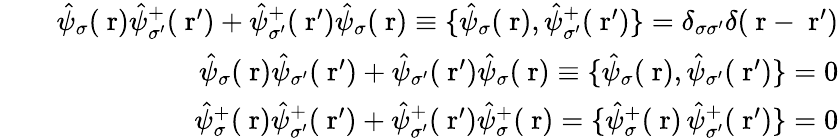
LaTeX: \begin{array}{rlr}&{}&{\hat{\psi}_{\sigma}(\mathrm{\mathbf~r})\hat{\psi}_{\sigma^{\prime}}^{+}(\mathrm{\mathbf~r}^{\prime})+\hat{\psi}_{\sigma^{\prime}}^{+}(\mathrm{\mathbf~r}^{\prime})\hat{\psi}_{\sigma}(\mathrm{\mathbf~r})\equiv\{ \hat{\psi}_{\sigma}(\mathrm{\mathbf~r}),\hat{\psi}_{\sigma^{\prime}}^{+}(\mathrm{\mathbf~r}^{\prime})\} =\delta_{\sigma\sigma^{\prime}}\delta(\mathrm{\mathbf~r}-\mathrm{\mathbf~r}^{\prime})}\\ &{}&{\hat{\psi}_{\sigma}(\mathrm{\mathbf~r})\hat{\psi}_{\sigma^{\prime}}(\mathrm{\mathbf~r}^{\prime})+\hat{\psi}_{\sigma^{\prime}}(\mathrm{\mathbf~r}^{\prime})\hat{\psi}_{\sigma}(\mathrm{\mathbf~r})\equiv\{ \hat{\psi}_{\sigma}(\mathrm{\mathbf~r}),\hat{\psi}_{\sigma^{\prime}}(\mathrm{\mathbf~r}^{\prime})\} =0}\\ &{}&{\hat{\psi}_{\sigma}^{+}(\mathrm{\mathbf~r})\hat{\psi}_{\sigma^{\prime}}^{+}(\mathrm{\mathbf~r}^{\prime})+\hat{\psi}_{\sigma^{\prime}}^{+}(\mathrm{\mathbf~r}^{\prime})\hat{\psi}_{\sigma}^{+}(\mathrm{\mathbf~r})=\{ \hat{\psi}_{\sigma}^{+}(\mathrm{\mathbf~r})\, \hat{\psi}_{\sigma^{\prime}}^{+}(\mathrm{\mathbf~r}^{\prime})\} =0}\end{array}